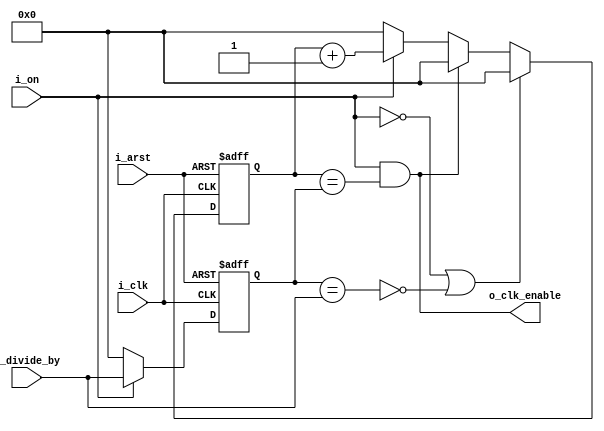
// Module: clk_prescaler.v
// Main project: One-channel BAM (Binary angle modulation) signal generator with VGA output.
// Module description: Dividing input clock frequency using counter and generating clock_enable singal for future clock gating.

module clk_prescaler(i_clk, i_arst, i_on, i_divide_by, o_clk_enable);

input i_clk;							// CLOCK_50, 50MHz system clock on Altera DE2 FPGA board, for example
input i_arst;							// Reset signal
input i_on;							// Count & work enable signal from CONFIG.ON bit (CONFIG[0])
input [6:0] i_divide_by;					// By 1, 2, 4, 8, 16, 32, 64 or 128
output o_clk_enable;						// Output "allow CLK" signal for clock gating

reg [6:0] counter;						// 128 possible states, counting from 0 to 127 - main counter		
reg [6:0] buffer;						// Buffer for input divide value (i_divide_by)			

assign o_clk_enable = (i_on & (counter == buffer));		// Output signal generation

always @(posedge i_clk, posedge i_arst) begin
	if(i_arst) begin
		buffer <= {7{1'b0}};				// Clear buffer after reset
	end else if(~i_on) begin
		buffer <= {7{1'b0}};				// Clear buffer, if i_on == 0
	end else begin
		buffer <= i_divide_by;				// Save current i_divide_by value into the buffer
	end
end

wire is_not_changed;
assign is_not_changed = (buffer == i_divide_by);		// Checking the change of i_divide_by value 
																
always @(posedge i_clk, posedge i_arst) begin
	if(i_arst) begin
		counter <= {7{1'b0}};
	end else if((~i_on) | (~is_not_changed)) begin
		counter <= {7{1'b0}};							
	end else begin
		if(o_clk_enable) begin			
			counter <= {7{1'b0}};
		end else begin
			if(i_on) begin				// To prevent useless counter iteration
				counter <= counter + 1'b1;	// Iteration only when posedge i_clk and i_on == 1 at the same time
			end else begin
				counter <= {7{1'b0}};		// If i_on != 1, we should clean counter 
			end
		end
	end
end
endmodule